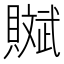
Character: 𧸔